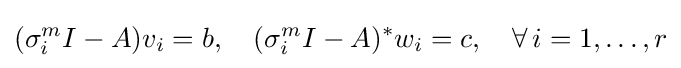
(\sigma _{i}^{m}I-A)v_{i}=b,\quad (\sigma _{i}^{m}I-A)^{*}w_{i}=c,\quad \forall \,i=1,\ldots ,r